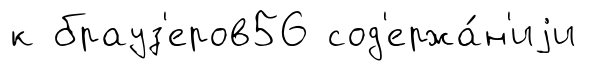
к брауз'еров56 сод'ержа́н'иjи